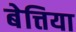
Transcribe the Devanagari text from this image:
बेत्तिया